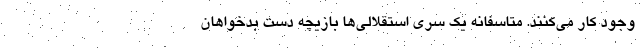
وجود کار می‌کنند. متاسفانه یک سری استقلالی‌ها بازیچه دست بدخواهان